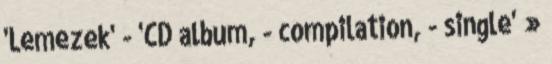
'Lemezek' - 'CD album, - compilation, - single' »